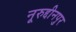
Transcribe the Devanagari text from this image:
नूरुद्दीनपुर